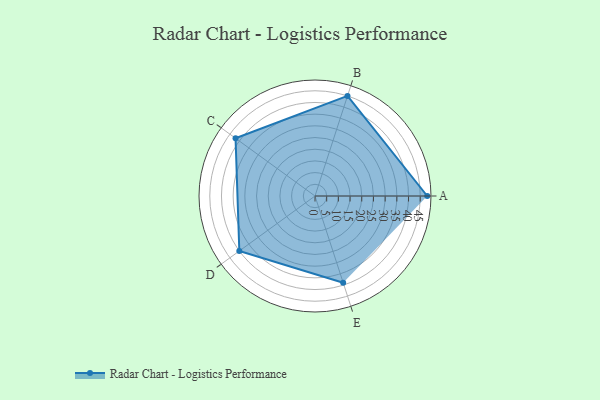
{"axis": {"x": "Skill", "y": "Score"}, "legend": ["Profile"], "data": [{"x": "A", "y": 48.0, "type": "Profile"}, {"x": "B", "y": 45.0, "type": "Profile"}, {"x": "C", "y": 42.0, "type": "Profile"}, {"x": "D", "y": 40.0, "type": "Profile"}, {"x": "E", "y": 39.0, "type": "Profile"}]}